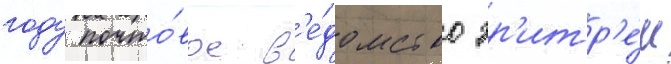
году почто́вое в'е́домство эр'итр'е́и